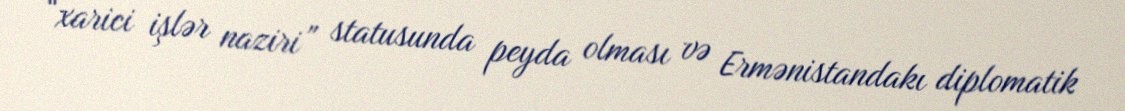
“xarici işlər naziri” statusunda peyda olması və Ermənistandakı diplomatik